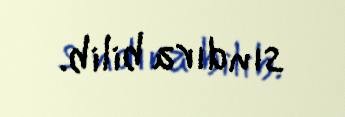
sındıra bilib.